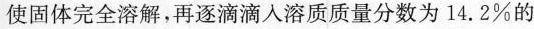
使固体完全溶解，再逐滴滴入溶质质量分数为14.2%的